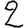
Digit: 2